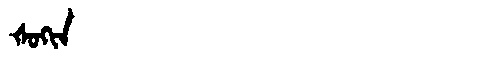
Manchu: ᡧᠣᡴᡳᠨ
Romanization: ŠOKIN